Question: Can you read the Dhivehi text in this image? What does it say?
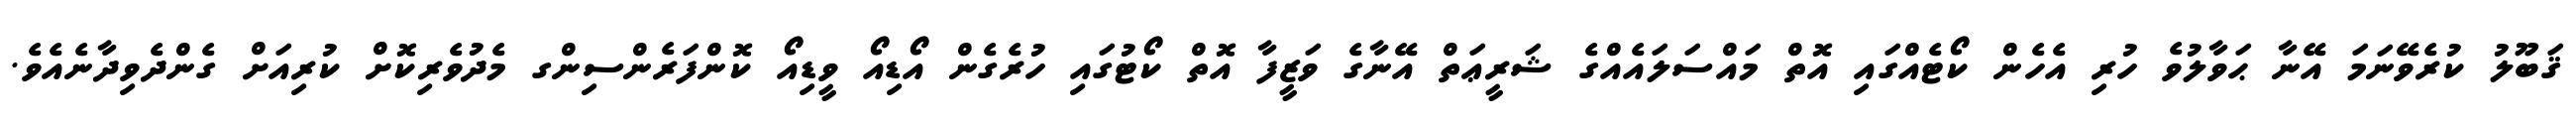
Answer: ޤަބޫލު ކުރެވޭނަމަ އޭނާ ޙަވާލުވެ ހުރި އެހެން ކޯޓެއްގައި އޮތް މައްސަލައެއްގެ ޝަރީޢަތް އޭނާގެ ވަޒީފާ އޮތް ކޯޓުގައި ހުރެގެން އޯޑިއޯ ވީޑިއޯ ކޮންފަރެންސިންގ މެދުވެރިކޮށް ކުރިއަށް ގެންދެވިދާނެއެވެ.